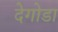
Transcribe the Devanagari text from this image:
देगोडा